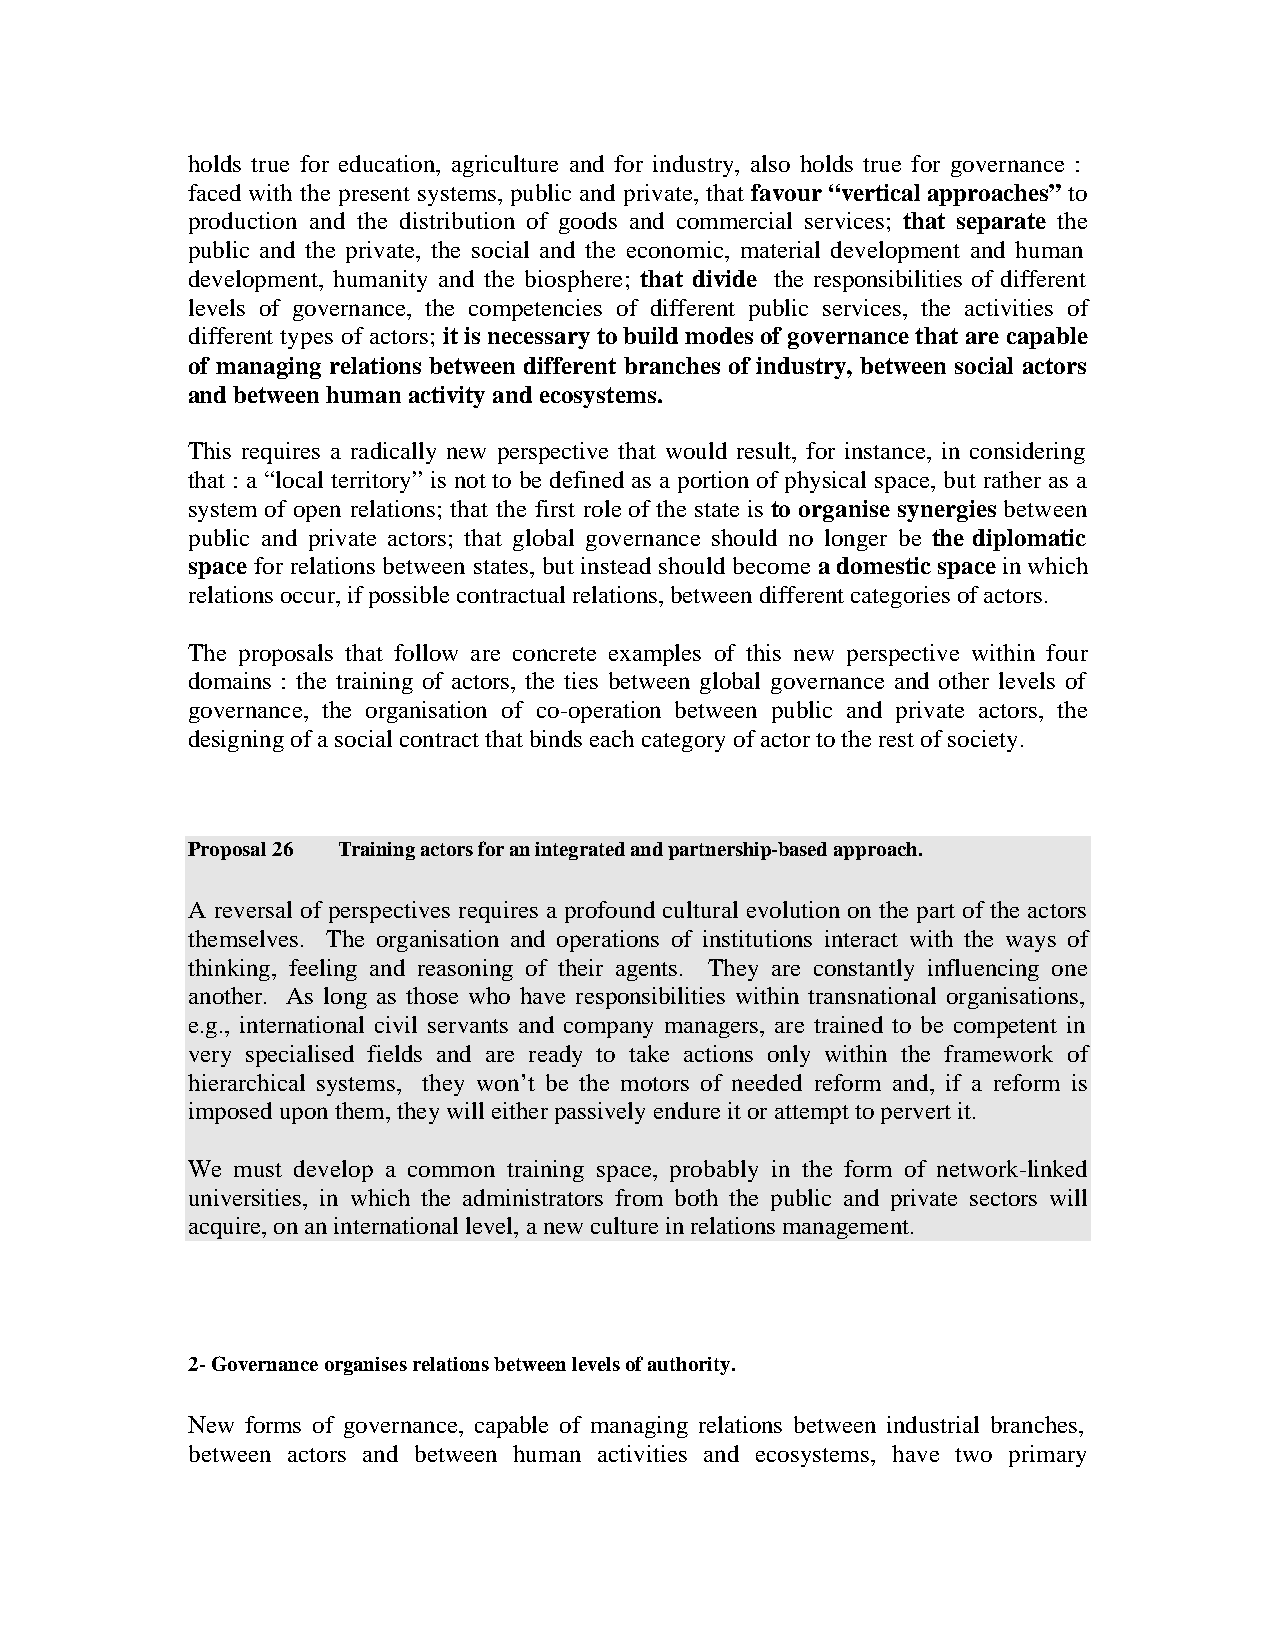
holds true for education, agriculture and for industry, also holds true for governance :
 faced with the present systems, public and private, that favour “vertical approaches” to
 production and the distribution of goods and commercial services; that separate the
 public and the private, the social and the economic, material development and human
 development, humanity and the biosphere; that divide the responsibilities of different
 levels of governance, the competencies of different public services, the activities of
 different types of actors; it is necessary to build modes of governance that are capable
 of managing relations between different branches of industry, between social actors
 and between human activity and ecosystems.
 This requires a radically new perspective that would result, for instance, in considering
 that : a “local territory” is not to be defined as a portion of physical space, but rather as a
 system of open relations; that the first role of the state is to organise synergies between
 public and private actors; that global governance should no longer be the diplomatic
 space for relations between states, but instead should become a domestic space in which
 relations occur, if possible contractual relations, between different categories of actors.
 The proposals that follow are concrete examples of this new perspective within four
 domains : the training of actors, the ties between global governance and other levels of
 governance, the organisation of co-operation between public and private actors, the
 designing of a social contract that binds each category of actor to the rest of society.
 Proposal 26 Training actors for an integrated and partnership-based approach.
 A reversal of perspectives requires a profound cultural evolution on the part of the actors
 themselves. The organisation and operations of institutions interact with the ways of
 thinking, feeling and reasoning of their agents. They are constantly influencing one
 another. As long as those who have responsibilities within transnational organisations,
 e.g., international civil servants and company managers, are trained to be competent in
 very specialised fields and are ready to take actions only within the framework of
 hierarchical systems, they won’t be the motors of needed reform and, if a reform is
 imposed upon them, they will either passively endure it or attempt to pervert it.
 We  must develop a common training space, probably in the form of network-linked
 universities, in which the administrators from both the public and private sectors will
 acquire, on an international level, a new culture in relations management.
 2- Governance organises relations between levels of authority.
 New forms of governance, capable of managing relations between industrial branches,
 between actors and between human activities and ecosystems, have two primary